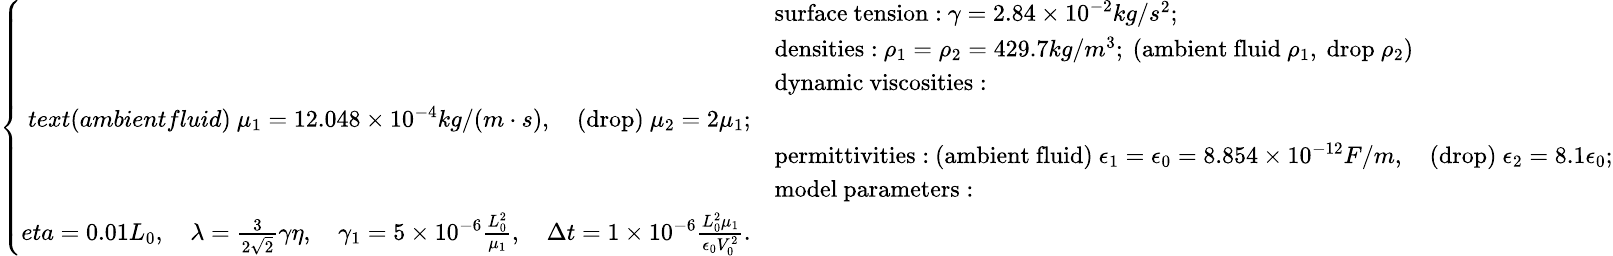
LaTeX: \small\left\{ \begin{array}{rl}&{\mathrm{surface~tension:}\ \gamma=2.84\times 10^{-2}kg/s^{2};}\\ &{\mathrm{densities:}\ \rho_{1}=\rho_{2}=429.7kg/m^{3};\ (\mathrm{ambient~fluid}\ \rho_{1},\ \mathrm{drop}\ \rho_{2})}\\ &{\mathrm{dynamic~viscosities:}}\\ {text{(ambientfluid)}\ \mu_{1}=12.048\times 10^{-4}kg/(m\cdot s),\quad\mathrm{(drop)}\ \mu_{2}=2\mu_{1};}\\ &{\mathrm{permittivities:}\ \mathrm{(ambient~fluid)}\ \epsilon_{1}=\epsilon_{0}=8.854\times 10^{-12}F/m,\quad\mathrm{(drop)}\ \epsilon_{2}=8.1\epsilon_{0};}\\ &{\mathrm{model~parameters:}}\\ {eta=0.01L_{0},\quad\lambda=\frac{3}{2\sqrt{2}}\gamma\eta,\quad\gamma_{1}=5\times 10^{-6}\frac{L_{0}^{2}}{\mu_{1}},\quad\Delta t=1\times 10^{-6}\frac{L_{0}^{2}\mu_{1}}{\epsilon_{0}V_{0}^{2}}.}\end{array}\right.